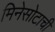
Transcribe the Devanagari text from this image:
मिनेसोटाची